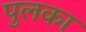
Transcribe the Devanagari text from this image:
पुलका